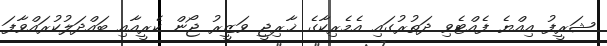
ޝަރީފު އިއްޔެ ފެއްޓެވި ދަތުރުގައި އެމެރިކާގެ ޚާރިޖީ ވަޒީރު ޖޯން ކެރީއާއި ބައްދަލުކުރައްވާފަ